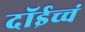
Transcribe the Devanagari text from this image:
दॉईच्चं